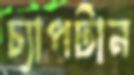
চ্যাপটান